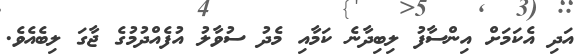
އަދި އެކަމަށް އިންސާފު ލިބިދާނެ ކަމާއި މެދު ސުވާލު އުފެއްދުމުގެ ޖާގަ ލިބެއެވެ.